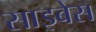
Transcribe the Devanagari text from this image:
साइबेस